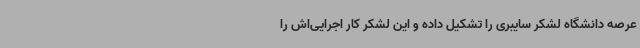
عرصه دانشگاه لشکر سایبری را تشکیل داده و این لشکر کار اجرایی‌اش را